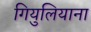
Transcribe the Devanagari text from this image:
गियुलियाना